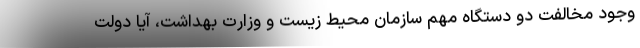
وجود مخالفت دو دستگاه مهم سازمان محیط زیست و وزارت بهداشت، آیا دولت